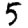
Digit: 5